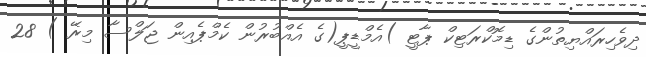
ދިވެހިރައްޔިތުންގެ ޑިމޮކްރަޓިކް ޕާޓީ )އެމްޑީޕީ(ގެ އެއްބުރުން ކެމްޕެއިން ޖަލްސާ މިރޭ ) 28